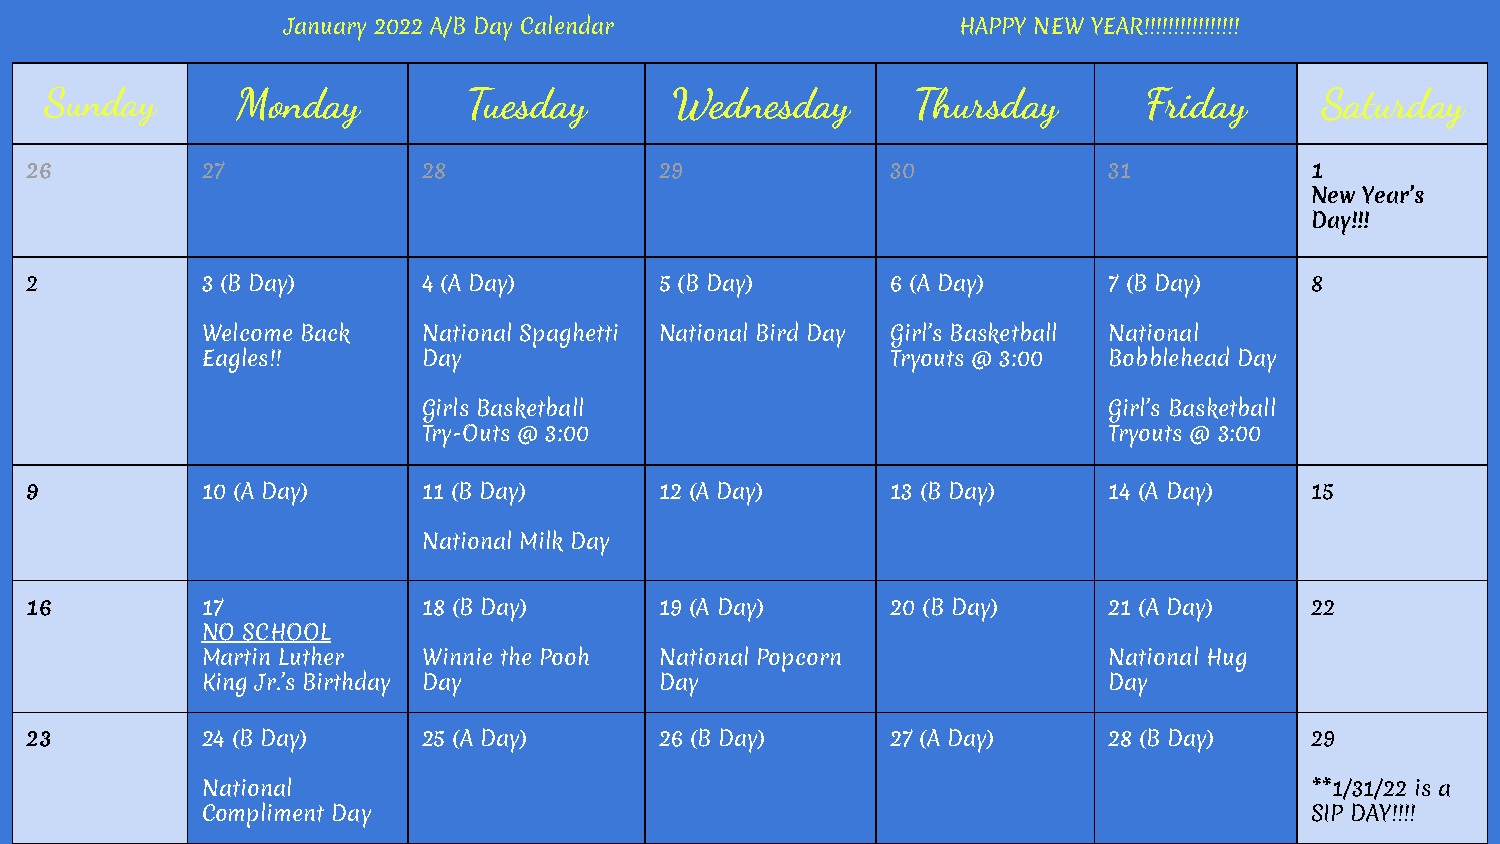
January 2022 A/B Day Calendar               HAPPY NEW YEAR!!!!!!!!!!!!!!!!
 Sunday       Monday         Tuesday      Wednesday       Thursday        Friday     Saturday
 26         27             28              29             30            31            1
 New Year’s
 Day!!!
 2          3 (B Day)      4 (A Day)       5 (B Day)      6 (A Day)     7 (B Day)     8
 Welcome Back   National Spaghetti National Bird Day Girl’s Basketball National
 Eagles!!       Day                            Tryouts @ 3:00 Bobblehead Day
 Girls Basketball                             Girl’s Basketball
 Try-Outs @ 3:00                              Tryouts @ 3:00
 9          10 (A Day)     11 (B Day)      12 (A Day)     13 (B Day)    14 (A Day)    15
 National Milk Day
 16         17             18 (B Day)      19 (A Day)     20 (B Day)    21 (A Day)    22
 NO SCHOOL
 Martin Luther  Winnie the Pooh National Popcorn             National Hug
 King Jr.’s Birthday Day        Day                          Day
 23         24 (B Day)     25 (A Day)      26 (B Day)     27 (A Day)    28 (B Day)    29
 National                                                                  **1/31/22 is a
 Compliment Day                                                            SIP DAY!!!!